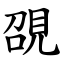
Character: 䙼